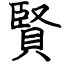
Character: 賢